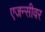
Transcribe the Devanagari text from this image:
एजन्सीवर